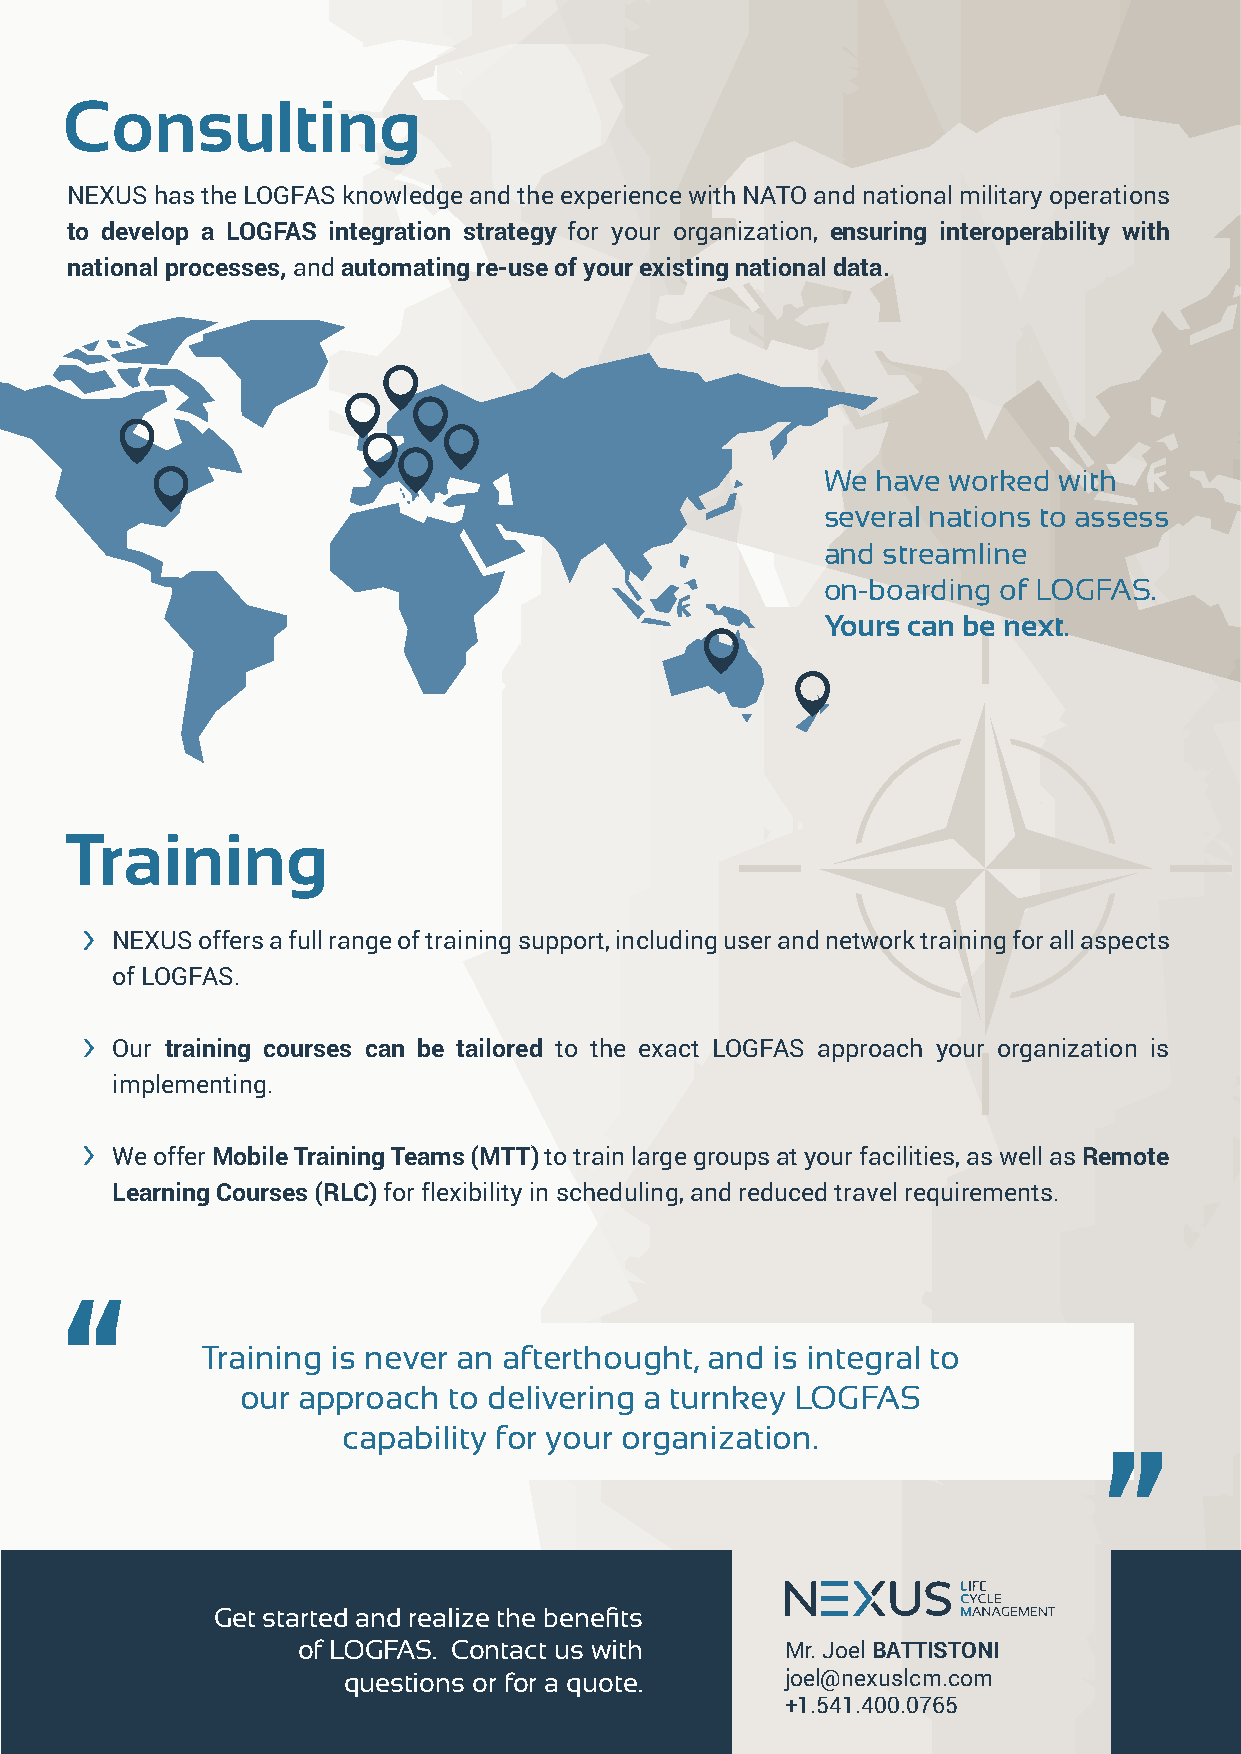
Consulting
 NEXUS has the LOGFAS knowledge and the experience with NATO and national military operations
 to develop a LOGFAS integration strategy for your organization, ensuring interoperability with
 national processes, and automating re-use of your existing national data.
 We  have worked with
 several nations to assess
 and streamline
 on-boarding of LOGFAS.
 Yours can be next.
 Training
 NEXUS offers a full range of training support, including user and network training for all aspects
 of LOGFAS.
 Our training courses can be tailored to the exact LOGFAS approach your organization is
 implementing.
 We offer Mobile Training Teams (MTT) to train large groups at your facilities, as well as Remote
 Learning Courses (RLC) for flexibility in scheduling, and reduced travel requirements.
 Training is never an afterthought, and is integral to
 our approach  to delivering a turnkey LOGFAS
 capability for your organization.
 Get started and realize the benefits
 of LOGFAS. Contact us with      Mr. Joel BATTISTONI
 questions or for a quote.    joel@nexuslcm.com
 +1.541.400.0765